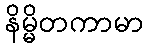
နိမ္မိတကာမာ